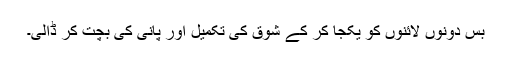
بس دونوں لائنوں کو یکجا کر کے شوق کی تکمیل اور پانی کی بچت کر ڈالی۔